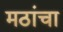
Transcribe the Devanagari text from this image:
मठांचा